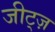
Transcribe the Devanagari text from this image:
जीट्ज़